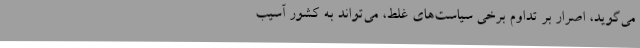
می‌گوید، اصرار بر تداوم برخی سیاست‌های غلط، می‌تواند به کشور آسیب